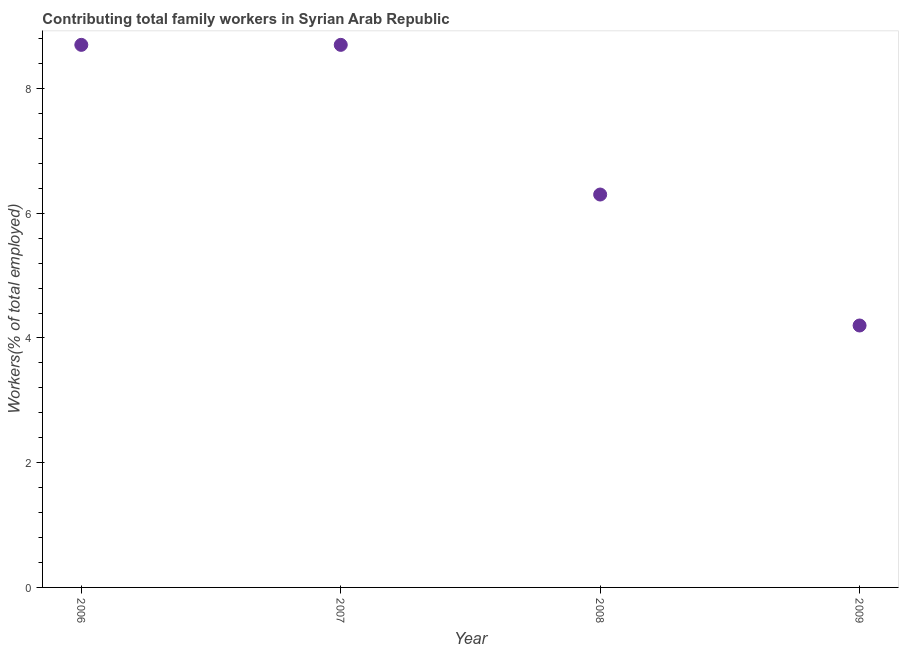
| Year | Contributing family workers |
 | --- | --- |
 | 2006 | 8.7 |
 | 2007 | 8.7 |
 | 2008 | 6.3 |
 | 2009 | 4.2 |